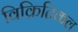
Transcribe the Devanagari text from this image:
विक्रितिकल